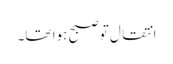
انتقال تو صبح ہوا تھا۔